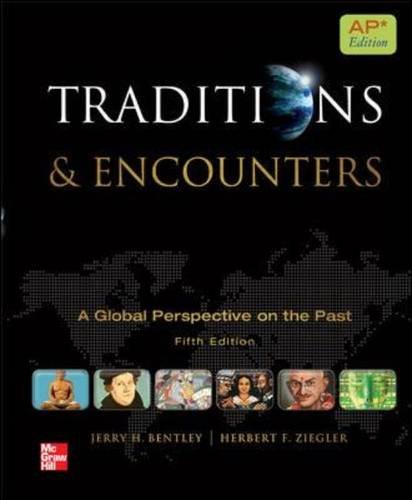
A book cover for Traditions & Encounters: A Global Perspective on the Past: AP Edition (AP Traditions & Encounters (World History)); Jerry H. Bentley; Teen & Young Adult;